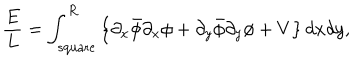
\frac { E } { L } = \int _ { \mathrm { { s q u a r e } } } ^ { R } \left\{ \partial _ { x } \bar { \phi } \partial _ { x } \phi + \partial _ { y } \bar { \phi } \partial _ { y } \phi + V \right\} d x d y ,